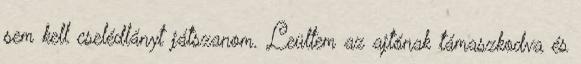
sem kell cselédlányt játszanom. Leültem az ajtónak támaszkodva és